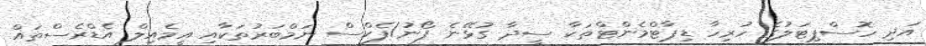
އަދި ހޮސްޕިޓަލުގެ ހުރިހާ ޑިޕާޓްމެންޓްތަކާ ސީދާ ގުޅޭނެ ފޯނު/ފެކްސް ނަމްބަރުތަކާއި އީމެއިލް އެޑްރެސްތައް